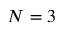
N = 3